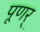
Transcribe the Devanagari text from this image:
पूणर्